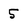
Character: 5